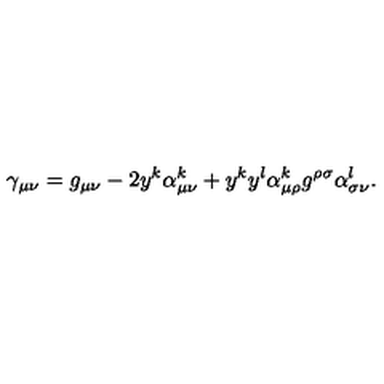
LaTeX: \gamma _ { \mu \nu } = g _ { \mu \nu } - 2 y ^ { k } \alpha _ { \mu \nu } ^ { k } + y ^ { k } y ^ { l } \alpha _ { \mu \rho } ^ { k } g ^ { \rho \sigma } \alpha _ { \sigma \nu } ^ { l } .